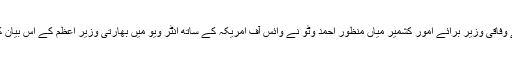
لیکن پاکستان کے وفاقی وزیر برائے اُمور کشمیر میاں منظور احمد وٹو نے وائس آف امریکہ کے ساتھ انٹر ویو میں بھارتی وزیر اعظم کے اس بیان کو مسترد کیا ہے۔